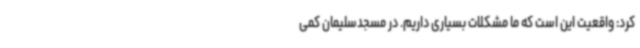
کرد: واقعیت این است که ما مشکلات بسیاری داریم. در مسجدسلیمان کمی